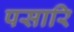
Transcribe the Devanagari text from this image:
पसारि